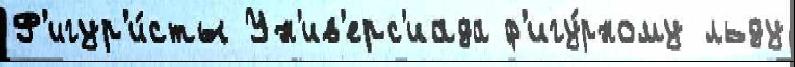
Ф'игур'и́сты Ун'ив'ерс'иада ф'игу́рному льду